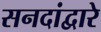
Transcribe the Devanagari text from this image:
सनदांद्वारे